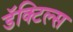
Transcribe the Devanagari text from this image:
डॅक्टिल्स